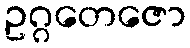
ဥဂ္ဂတေဇော